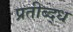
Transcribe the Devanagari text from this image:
प्रतीब्द्ध